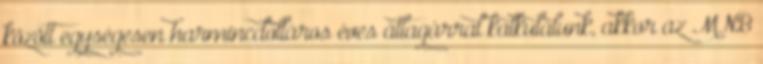
között egységesen harmincdolláros éves átlagárral kalkulálunk, akkor az MNB